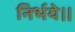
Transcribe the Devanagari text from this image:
निर्भये।।